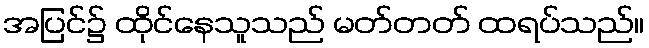
အပြင်၌ ထိုင်နေသူသည် မတ်တတ် ထရပ်သည်။